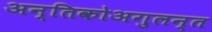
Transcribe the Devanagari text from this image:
अन्तिकोअगुलन्त